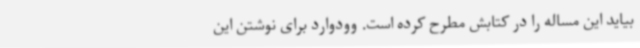
بیاید این مساله را در کتابش مطرح کرده است. وودوارد برای نوشتن این